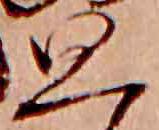
思